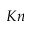
K n